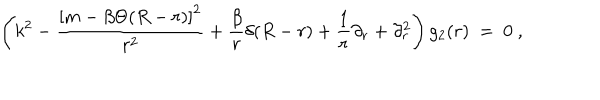
\left( k ^ { 2 } - \frac { \left[ m - \beta \Theta ( R - r ) \right] ^ { 2 } } { r ^ { 2 } } + \frac { \beta } { r } \delta ( R - r ) + \frac 1 r \partial _ { r } + \partial _ { r } ^ { 2 } \right) g _ { 2 } ( r ) \ = \ 0 \ ,